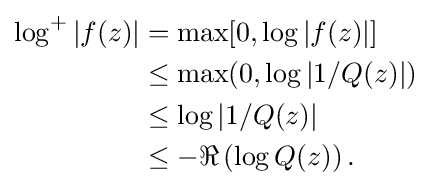
{\begin{aligned}\log ^{+}|f(z)|&=\max[0,\log |f(z)|]\\&\leq \max(0,\log |1/Q(z)|)\\&\leq \log |1/Q(z)|\\&\leq -\Re \left(\log Q(z)\right).\end{aligned}}